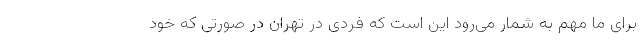
برای ما مهم به شمار می‌رود این است که فردی در تهران در صورتی که خود